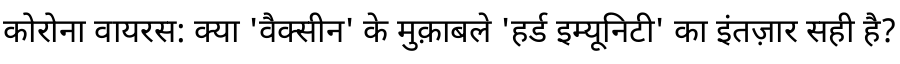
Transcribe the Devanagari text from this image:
कोरोना वायरस: क्या 'वैक्सीन' के मुक़ाबले 'हर्ड इम्यूनिटी' का इंतज़ार सही है?